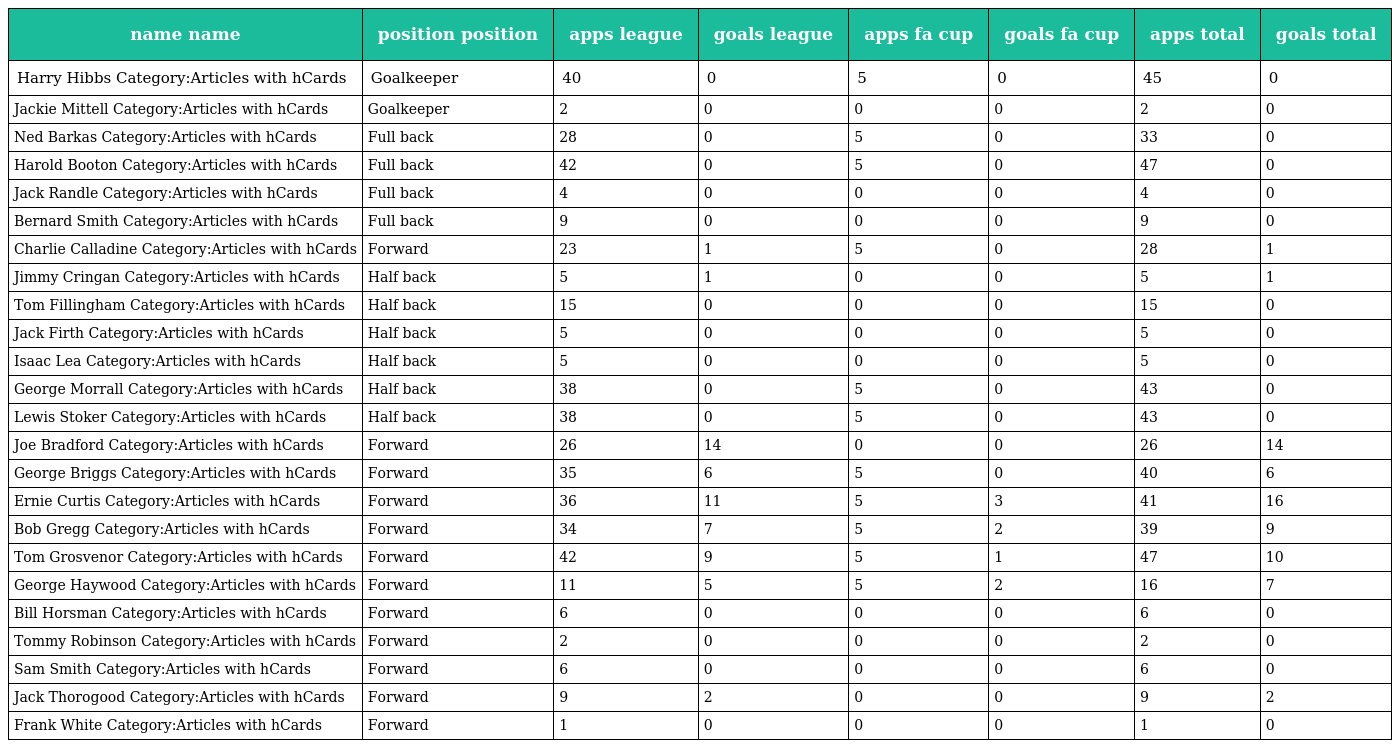
| name name | position position | apps league | goals league | apps fa cup | goals fa cup | apps total | goals total |
 | --- | --- | --- | --- | --- | --- | --- | --- |
 | Harry Hibbs Category:Articles with hCards | Goalkeeper | 40 | 0 | 5 | 0 | 45 | 0 |
 | Jackie Mittell Category:Articles with hCards | Goalkeeper | 2 | 0 | 0 | 0 | 2 | 0 |
 | Ned Barkas Category:Articles with hCards | Full back | 28 | 0 | 5 | 0 | 33 | 0 |
 | Harold Booton Category:Articles with hCards | Full back | 42 | 0 | 5 | 0 | 47 | 0 |
 | Jack Randle Category:Articles with hCards | Full back | 4 | 0 | 0 | 0 | 4 | 0 |
 | Bernard Smith Category:Articles with hCards | Full back | 9 | 0 | 0 | 0 | 9 | 0 |
 | Charlie Calladine Category:Articles with hCards | Forward | 23 | 1 | 5 | 0 | 28 | 1 |
 | Jimmy Cringan Category:Articles with hCards | Half back | 5 | 1 | 0 | 0 | 5 | 1 |
 | Tom Fillingham Category:Articles with hCards | Half back | 15 | 0 | 0 | 0 | 15 | 0 |
 | Jack Firth Category:Articles with hCards | Half back | 5 | 0 | 0 | 0 | 5 | 0 |
 | Isaac Lea Category:Articles with hCards | Half back | 5 | 0 | 0 | 0 | 5 | 0 |
 | George Morrall Category:Articles with hCards | Half back | 38 | 0 | 5 | 0 | 43 | 0 |
 | Lewis Stoker Category:Articles with hCards | Half back | 38 | 0 | 5 | 0 | 43 | 0 |
 | Joe Bradford Category:Articles with hCards | Forward | 26 | 14 | 0 | 0 | 26 | 14 |
 | George Briggs Category:Articles with hCards | Forward | 35 | 6 | 5 | 0 | 40 | 6 |
 | Ernie Curtis Category:Articles with hCards | Forward | 36 | 11 | 5 | 3 | 41 | 16 |
 | Bob Gregg Category:Articles with hCards | Forward | 34 | 7 | 5 | 2 | 39 | 9 |
 | Tom Grosvenor Category:Articles with hCards | Forward | 42 | 9 | 5 | 1 | 47 | 10 |
 | George Haywood Category:Articles with hCards | Forward | 11 | 5 | 5 | 2 | 16 | 7 |
 | Bill Horsman Category:Articles with hCards | Forward | 6 | 0 | 0 | 0 | 6 | 0 |
 | Tommy Robinson Category:Articles with hCards | Forward | 2 | 0 | 0 | 0 | 2 | 0 |
 | Sam Smith Category:Articles with hCards | Forward | 6 | 0 | 0 | 0 | 6 | 0 |
 | Jack Thorogood Category:Articles with hCards | Forward | 9 | 2 | 0 | 0 | 9 | 2 |
 | Frank White Category:Articles with hCards | Forward | 1 | 0 | 0 | 0 | 1 | 0 |